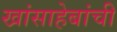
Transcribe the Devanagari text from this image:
खांसाहेबांची